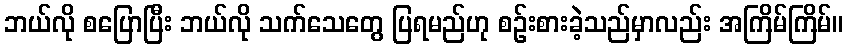
ဘယ်လို စပြောပြီး ဘယ်လို သက်သေတွေ ပြရမည်ဟု စဉ်းစားခဲ့သည်မှာလည်း အကြိမ်ကြိမ်။